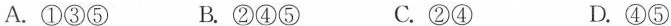
A.①③⑤ B.②④⑤ C.②④ D.④⑤